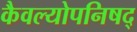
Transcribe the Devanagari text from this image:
कैवल्योपनिषद्